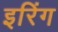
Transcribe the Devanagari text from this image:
इरिंग